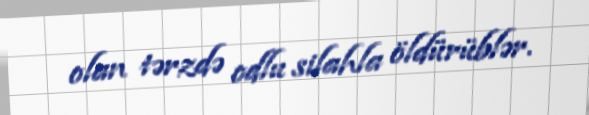
olan tərzdə odlu silahla öldürüblər.